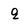
Character: Q